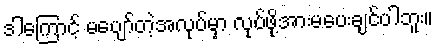
ဒါကြောင့် မပျော်တဲ့အလုပ်မှာ လုပ်ဖို့အားမပေးချင်ပါဘူး။